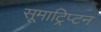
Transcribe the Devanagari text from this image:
सूमाट्रिप्टन